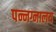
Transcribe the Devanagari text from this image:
पन्नग्नालय